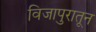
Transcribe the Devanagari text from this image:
विजापुरातून